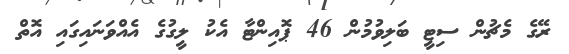
ރޭގެ މެޗުން ސިޓީ ބަލިވުމުން 46 ޕޮއިންޓާ އެކު ލީގުގެ އެއްވަނައިގައި އޮތް